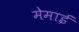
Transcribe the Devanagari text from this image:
मेमाई